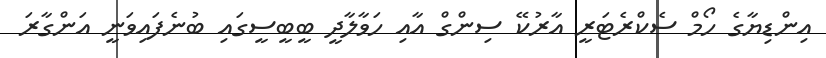
އިންޑިޔާގެ ހޯމް ސެކްރެޓަރީ އާރުކޭ ސިންގް އާއި ހަވާލާދީ ބީބީސީގައި ބުނެފައިވަނީ އަންގާރަ